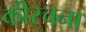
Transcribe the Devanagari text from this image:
कीरचना